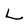
Character: L